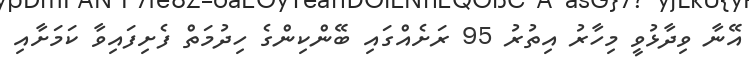
އޭނާ ވިދާޅުވީ މިހާރު އިތުރު 95 ރަށެއްގައި ބޭންކިންގެ ހިދުމަތް ފެށިފައިވާ ކަމަށާއި